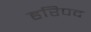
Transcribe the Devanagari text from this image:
हरिपद